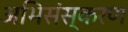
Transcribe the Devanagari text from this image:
अभिसंस्करण